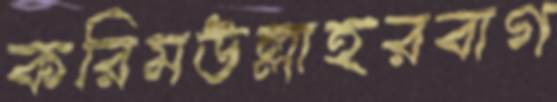
করিমউল্লাহরবাগ